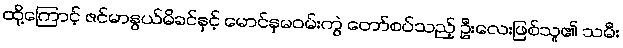
ထို့ကြောင့် ဇင်မာနွယ်မိခင်နှင့် မောင်နှမဝမ်းကွဲ တော်စပ်သည့် ဦးလေးဖြစ်သူ၏ သမီး